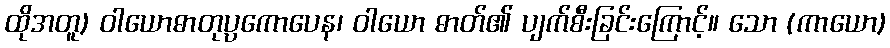
ထိုအတူ) ဝါယောဓာတုပ္ပကောပေန၊ ဝါယော ဓာတ်၏ ပျက်စီးခြင်းကြောင့်။ သော (ကာယော)